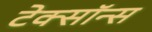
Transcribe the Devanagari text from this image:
टेक्सॉन्स